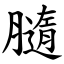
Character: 膸